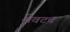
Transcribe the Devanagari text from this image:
शेवटच